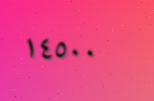
١٤٥٠٠